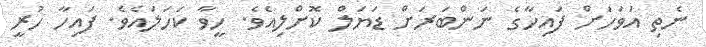
ނެތި އަވަހަށް ފައިހާގެ ނަންބަރަށް ޑަޔަލް ކޮށްލިއެވެ. ހީވާ ކަހަލައެވެ. ފައިހާ ހުރީ